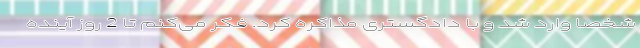
شخصاً وارد شد و با دادگستری مذاکره کرد. فکر می‌کنم تا 2 روز آینده